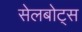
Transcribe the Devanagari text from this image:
सेलबोट्स